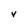
Character: V